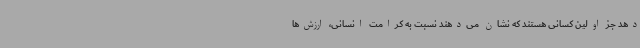
دهد جز اولین کسانی هستند که نشان می‌دهند نسبت به کرامت انسانی، ارزش‌ها